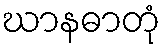
ဃာနဓာတုံ